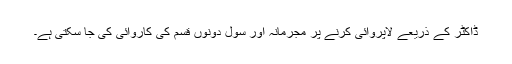
ڈاکٹر کے ذریعے لاپروائی کرنے پر مجرمانہ اَور سِوِل دونوں قسم کی کاروائی کی جا سکتی ہے۔